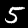
Label: 5